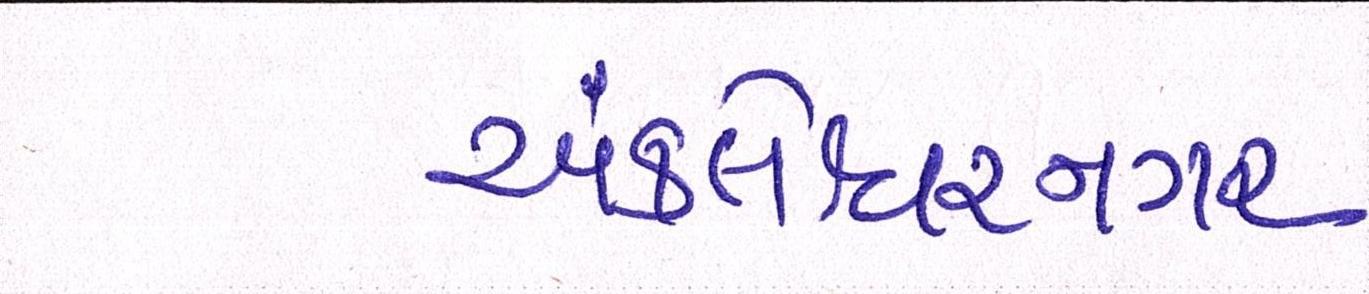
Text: અંકલેશ્વરનગર